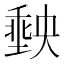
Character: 𭏮